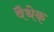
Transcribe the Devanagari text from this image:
वैथेक